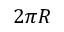
2 \pi R